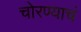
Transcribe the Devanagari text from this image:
चोरण्याचं